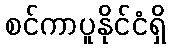
စင်ကာပူနိုင်ငံရှိ